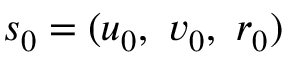
s _ { 0 } = ( u _ { 0 } , ~ v _ { 0 } , ~ r _ { 0 } )